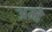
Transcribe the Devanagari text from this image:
अम्हे